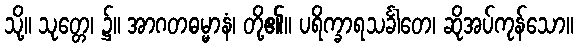
သို့။ သုတ္တေ၊ ၌။ အာဂတဓမ္မာနံ၊ တို့၏။ ပရိက္ခာရသင်္ခါတေ၊ ဆိုအပ်ကုန်သော။